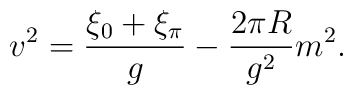
v^2 = {\xi_0 + \xi_\pi \over g} - { 2 \pi R \over g^2}m^2 .